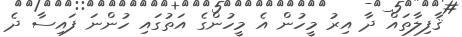
ޤާފިލާތައް ދާ އިރު މީހުން އެ މީހުންގެ އަތުގައި ހުންނަ ފައިސާ ދެ